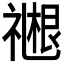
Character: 𬓓